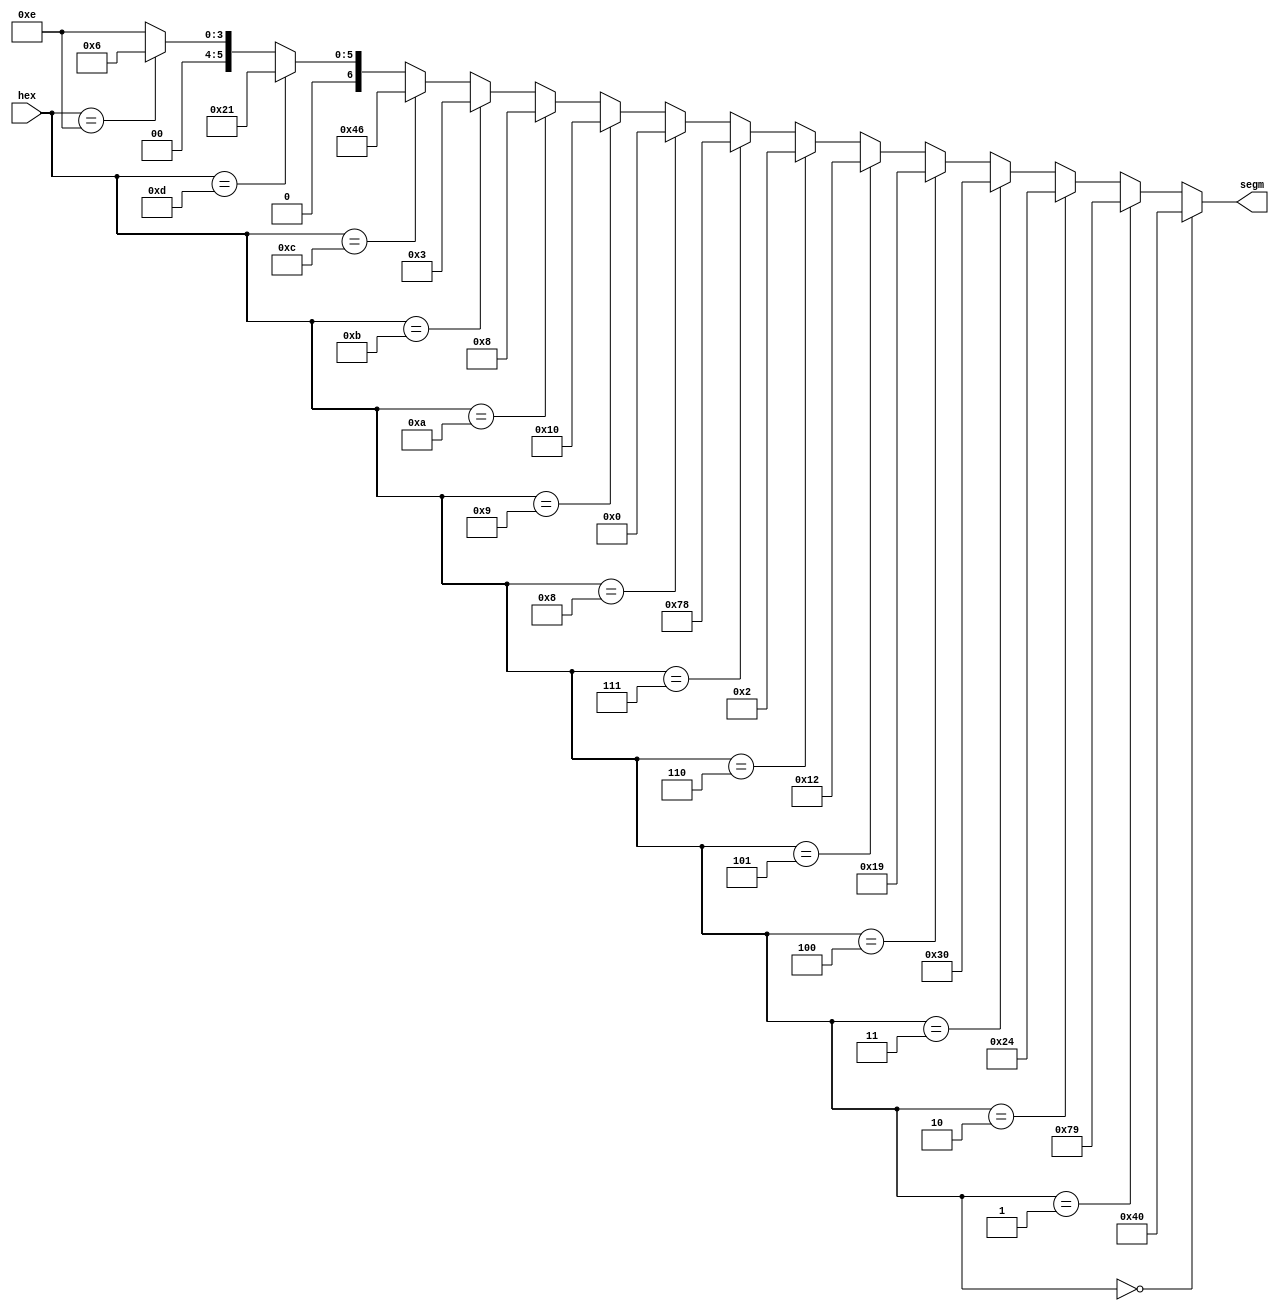
module hex2sev_segm (
    input   [3:0]   hex,
    output  [6:0]   segm
);

assign segm = (hex == 4'h0) ? 7'b1000000 :
              (hex == 4'h1) ? 7'b1111001 :
              (hex == 4'h2) ? 7'b0100100 :
              (hex == 4'h3) ? 7'b0110000 :
              (hex == 4'h4) ? 7'b0011001 :
              (hex == 4'h5) ? 7'b0010010 :
              (hex == 4'h6) ? 7'b0000010 :
              (hex == 4'h7) ? 7'b1111000 :
              (hex == 4'h8) ? 7'b0000000 :
              (hex == 4'h9) ? 7'b0010000 :
              (hex == 4'hA) ? 7'b0001000 :
              (hex == 4'hB) ? 7'b0000011 :
              (hex == 4'hC) ? 7'b1000110 :
              (hex == 4'hD) ? 7'b0100001 :
              (hex == 4'hE) ? 7'b0000110 :
                              7'b0001110;

endmodule